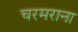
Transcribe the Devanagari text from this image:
चरमराना